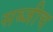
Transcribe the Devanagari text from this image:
सब्जीच